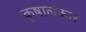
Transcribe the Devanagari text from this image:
कृषालंकार